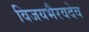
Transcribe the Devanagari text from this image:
विजयभैरवदेव